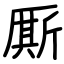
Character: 厮